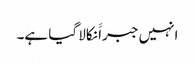
انہیں جبراََ نکالا گیا ہے۔